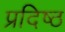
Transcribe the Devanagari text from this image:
प्रदिष्ठ